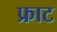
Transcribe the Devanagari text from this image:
फ्राट